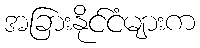
အခြားနိုင်ငံများက